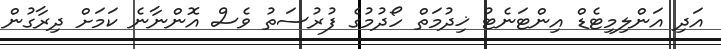
އަދި އަންލިމިޓެޑް އިންޓަނެޓު ޚިދުމަތް ހޯދުމުގެ ފުރުސަތު ވެސް އޮންނާނެ ކަމަށް ދިރާގުން